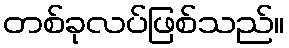
တစ်ခုလပ်ဖြစ်သည်။